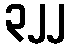
၃၂၂